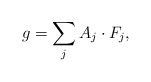
\begin{align*} g = \sum_j A_j \cdot F_j,\end{align*}